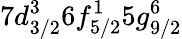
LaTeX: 7d_{3/2}^{3}6f_{5/2}^{1}5g_{9/2}^{6}